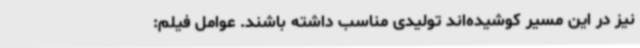
نیز در این مسیر کوشیده‌اند تولیدی مناسب داشته باشند. عوامل فیلم: